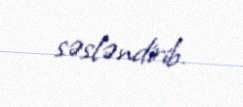
səsləndirib.